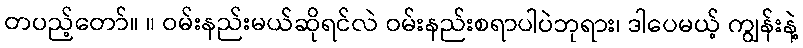
တပည့်တော်။ ။ ဝမ်းနည်းမယ်ဆိုရင်လဲ ဝမ်းနည်းစရာပါပဲဘုရား၊ ဒါပေမယ့် ကျွန်းနဲ့